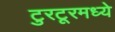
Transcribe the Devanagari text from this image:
टुरटूरमध्ये